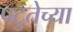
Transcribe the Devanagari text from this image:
पटुतेच्या